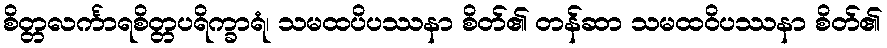
စိတ္တလင်္ကာရစိတ္တပရိက္ခာရံ၊ သမထပိပဿနာ စိတ်၏ တန်ဆာ သမထဝိပဿနာ စိတ်၏